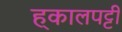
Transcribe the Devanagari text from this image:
ह्कालपट्टी